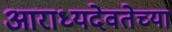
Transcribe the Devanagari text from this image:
आराध्यदेवतेच्या